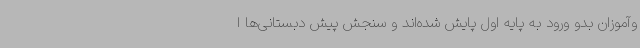
وآموزان بدو ورود به پایه اول پایش شده‌اند و سنجش پیش دبستانی‌ها ا